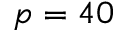
p = 4 0